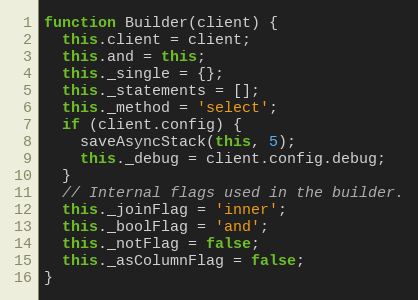
Language: JavaScript
function Builder(client) {
  this.client = client;
  this.and = this;
  this._single = {};
  this._statements = [];
  this._method = 'select';
  if (client.config) {
    saveAsyncStack(this, 5);
    this._debug = client.config.debug;
  }
  // Internal flags used in the builder.
  this._joinFlag = 'inner';
  this._boolFlag = 'and';
  this._notFlag = false;
  this._asColumnFlag = false;
}